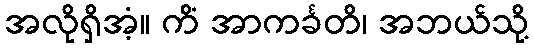
အလိုရှိအံ့။ ကိံ အာကင်္ခတိ၊ အဘယ်သို့